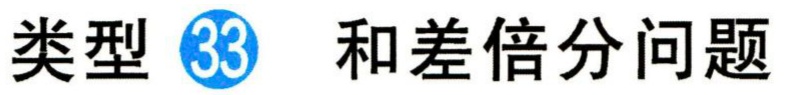
类型 \textcircled{33} 和差倍分问题